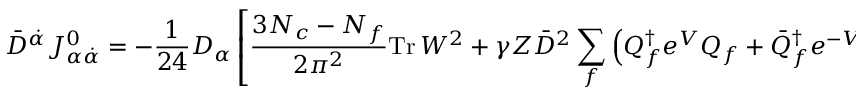
\bar { D } ^ { \dot { \alpha } } J _ { \alpha \dot { \alpha } } ^ { 0 } = - \frac { 1 } { 2 4 } D _ { \alpha } \left[ \frac { 3 N _ { c } - N _ { f } } { 2 \pi ^ { 2 } } \mathrm { T r } \, W ^ { 2 } + \gamma Z \bar { D } ^ { 2 } \sum _ { f } \left( { Q } _ { f } ^ { \dagger } e ^ { V } { Q } _ { f } + \bar { Q } _ { f } ^ { \dagger } e ^ { - V } \bar { Q } _ { f } \right) \right]